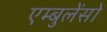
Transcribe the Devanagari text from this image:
एम्बुलेंसों